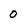
Character: 0